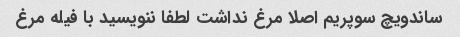
ساندویچ سوپریم اصلا مرغ نداشت لطفا ننویسید با فیله مرغ